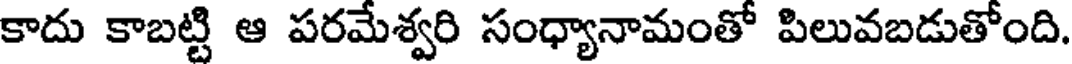
కాదు కాబట్టి ఆ పరమేశ్వరి సంధ్యానామంతో పిలువబడుతోంది